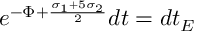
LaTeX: e ^ { - \Phi + \frac { \sigma _ { 1 } + 5 \sigma _ { 2 } } { 2 } } d t = d t _ { E }